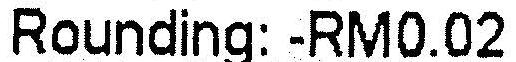
ROUNDING: -RM0.02